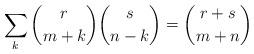
LaTeX: \begin{align*}\sum_{k}\binom{r}{m+k}\binom{s}{n-k}=\binom{r+s}{m+n}\end{align*}